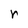
Character: r